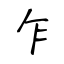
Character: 乍